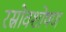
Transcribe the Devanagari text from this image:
रस्रोवशोषण